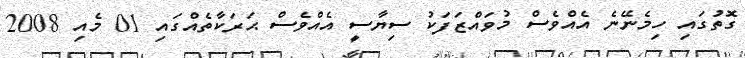
ގޮތުގައި ހިމެނޭނެ އެއްވެސް މުވައްޒަފަކު ސިޔާސީ އެއްވެސް ޙަރަކާތެއްގައި 01 މެއި 2008